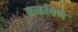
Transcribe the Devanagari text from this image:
कळविणे